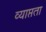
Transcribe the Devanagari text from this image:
व्याप्तता